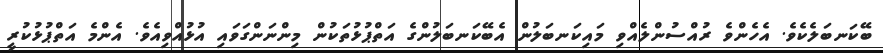
ބޭކަނބަލެކެވެ. އެހެންވެ ރުއްސުންލެއްވި މައިކަނބަލުން އެބޭކަނބަލުންގެ އަތްޕުޅުތަކުން މިންނަންގަވައި އުޅުއްވިއެވެ. އެންމެ އަތްޕުޅުކުރީ